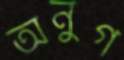
অনুগ